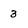
Character: 3